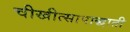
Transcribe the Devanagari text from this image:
चीखीत्सापाद्धाती